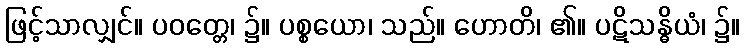
ဖြင့်သာလျှင်။ ပဝတ္တေ၊ ၌။ ပစ္စယော၊ သည်။ ဟောတိ၊ ၏။ ပဋိသန္ဓိယံ၊ ၌။